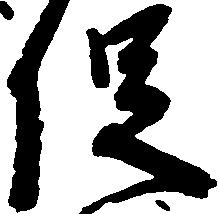
促